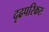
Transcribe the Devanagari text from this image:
दृढपरिकरः